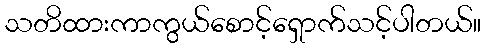
သတိထားကာကွယ်စောင့်ရှောက်သင့်ပါတယ်။